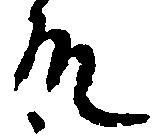
殿